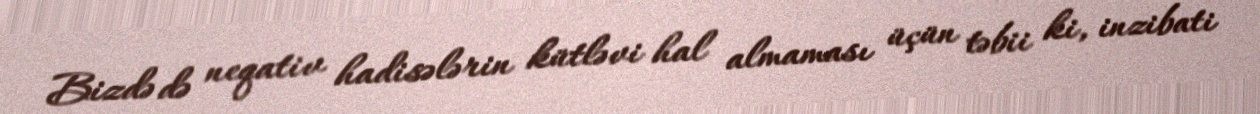
Bizdə də neqativ hadisələrin kütləvi hal almaması üçün təbii ki, inzibati